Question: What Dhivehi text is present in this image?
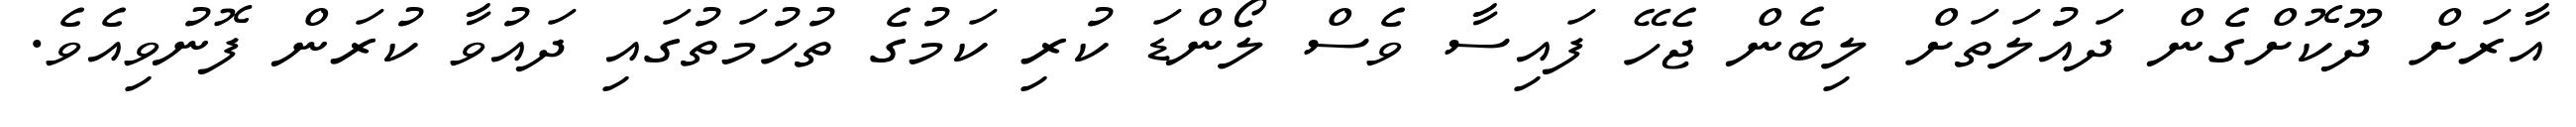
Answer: އާރަށް ދޫކޮށްގެން ދައުލަތަށް ލިބެން ޖެހޭ ފައިސާ ވެސް ލޯންޑަ ކުރި ކަމުގެ ތުހުމަތުގައި ދައުވާ ކުރަން ފޮނުވިއެވެ.